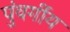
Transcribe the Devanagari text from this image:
पुंवर्गीय